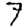
Digit: 7